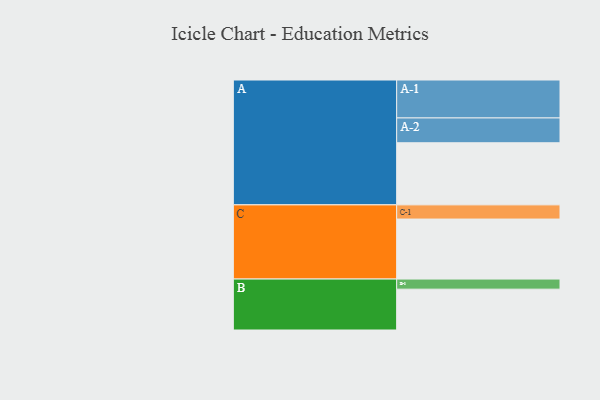
{"axis": {"x": "Segment", "y": "Value"}, "legend": ["", "A", "B", "C"], "data": [{"x": "A", "y": 473, "type": ""}, {"x": "B", "y": 311, "type": ""}, {"x": "C", "y": 457, "type": ""}, {"x": "A-1", "y": 289, "type": "A"}, {"x": "A-2", "y": 189, "type": "A"}, {"x": "B-1", "y": 77, "type": "B"}, {"x": "C-1", "y": 108, "type": "C"}]}